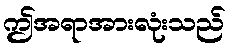
ဤအရာအားလုံးသည်